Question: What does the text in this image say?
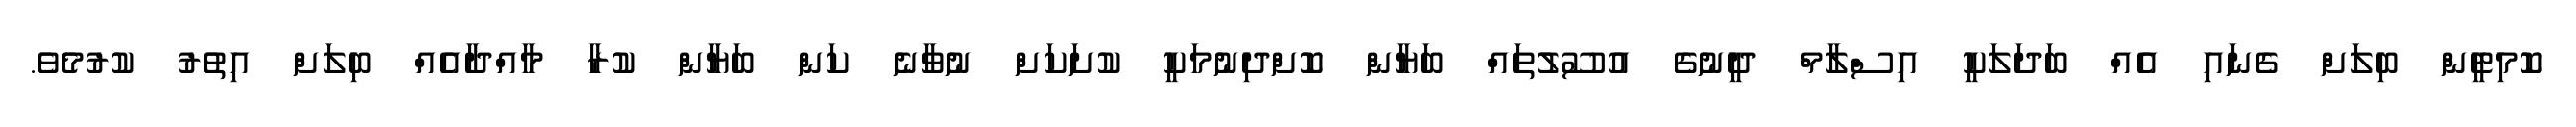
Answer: ކޮމިޓީން ބިލަށް ގެނައި އެއް ބަދަލަކީ އިސްލާމް ދީނުގެ އުސޫލުތައް ބަޔާން ކޮށްދިނުމަކީ ކުށަކަށް ނުވާނެ ކަން ބަޔާން ކުރާ މާއްދާއެއް ބިލަށް އިތުރު ކުރުމެވެ.